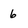
Character: 6